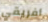
أفريقي